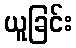
ယူခြင်း